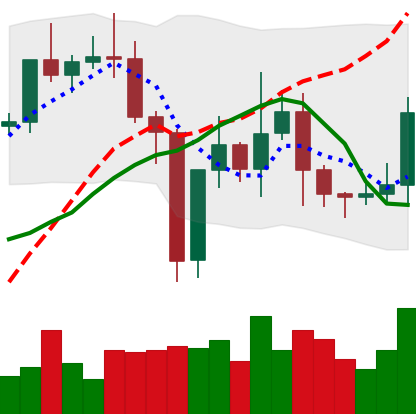
Ticker: TRX-USD
Chart end date: 2021-01-03
Forward return: 3.79%
Label: up_3_5